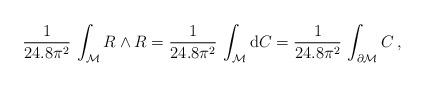
LaTeX: \begin{align*}\frac{1}{24.8\pi^2}\,\int_{\cal M} R\wedge R = \frac{1}{24.8\pi^2}\,\int_{{\cal M}} {\rm d}C = \frac{1}{24.8\pi^2}\,\int_{\partial {\cal M}} C\, ,\end{align*}